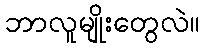
ဘာလူမျိုးတွေလဲ။